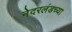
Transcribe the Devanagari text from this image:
नेदरलंडच्या